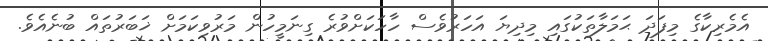
އެމެރިކާގެ މިފަދަ ޙަމަލާތަކުގައި މިދިޔަ އަހަރުވެސް ހާހަކަށްވުރެ ގިނަމީހުން މަރުވިކަމަށް ޚަބަރުތައް ބުނެއެވެ.